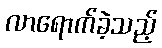
လာရောက်ခဲ့သည့်